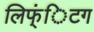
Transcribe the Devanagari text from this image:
लिफ्ंिटग